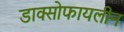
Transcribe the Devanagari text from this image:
डाक्सोफायलीन